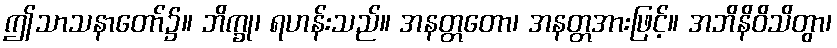
ဤသာသနာတော်၌။ ဘိက္ခု၊ ရဟန်းသည်။ အနတ္တတော၊ အနတ္တအားဖြင့်။ အဘိနိဝိသိတွာ၊